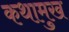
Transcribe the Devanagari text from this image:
कथामुख